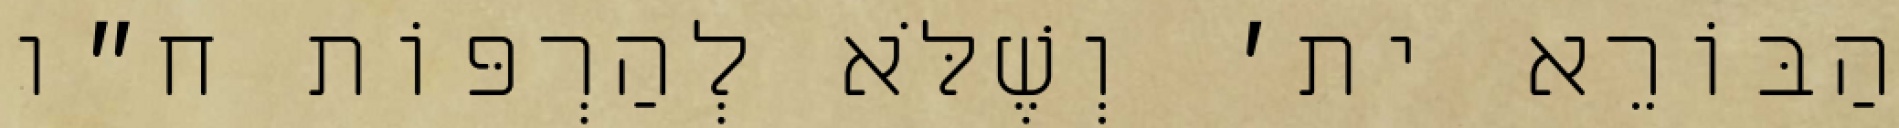
הַבּוֹרֵא ית׳ וְשֶׁלֹּא לְהַרְפּוֹת ח״ו